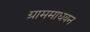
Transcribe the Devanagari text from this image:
ग्राममाधवन